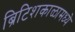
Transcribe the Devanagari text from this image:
ब्रिटिशकाळामध्ये